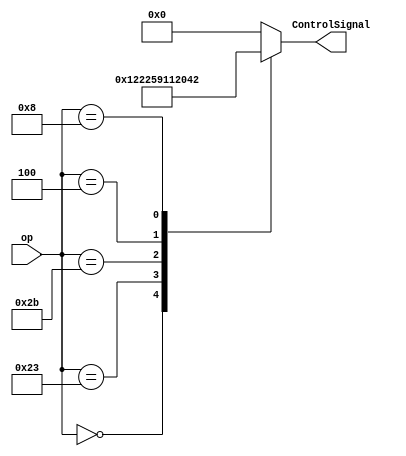
module ControlUnit(
input [5:0] op,
output reg [8:0] ControlSignal
// 8-7 : ALUOp, 6: ALUSrc, 5: RegDst __ 4: Branch, 3: MemRead, 2: MemWrite __ 1: RegWrite, 0: MemtoReg
);
//MemtoReg// 1: output of data memory be write data input of register, 0: output of ALU go to  write data input of register. can be 'x'
//RegWrite// 1: use write register of register file
//MemWrite// 1: data write to data memory
//MemRead// 1: data read from data memory
//Branch// 1: branch operation
//RegDst// 1: rd field be used to be register input , 0: rt field be used to be register input. can be 'x'
//ALUSrc// 1: second source is immediate value of sign_extended , 0: second source is register2 of register file
//[1:0] ALUOp // 2bit control to ALU
always @(*) begin
    case(op)
    6'b000000 : // R-type
    ControlSignal = 9'b10_01_000_10;
    
    6'b100011 : // lw (35)
    ControlSignal = 9'b00_10_010_11;
    
    6'b101011 : // sw (43)
    ControlSignal = 9'b00_10_001_00;
    
    6'b000100 : // beq (4)
    ControlSignal = 9'b01_00_100_00;
    
    6'b001000 : // addi (8)
    ControlSignal = 9'b00_10_000_10;
    
    default : 
    ControlSignal = 9'b00_00_000_00;
    endcase
end
endmodule